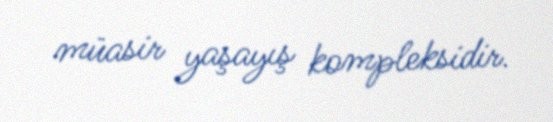
müasir yaşayış kompleksidir.